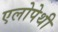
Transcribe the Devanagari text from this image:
एलोपेथी